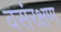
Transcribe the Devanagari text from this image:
वसंरक्षण